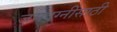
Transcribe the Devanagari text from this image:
जमदग्नींसाठी